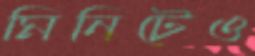
মিনিটেও